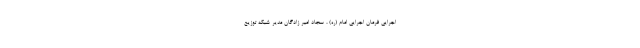
اجرایی فرمان اجرایی امام (ره) ، سجاد امیر زادگان مدیر شبکه توزیع